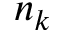
n _ { k }